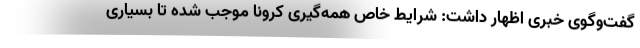
گفت‌وگوی خبری اظهار داشت: شرایط خاص همه‌گیری کرونا موجب شده تا بسیاری